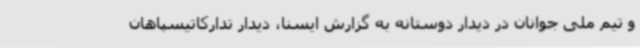
و تیم ملی جوانان در دیدار دوستانه به گزارش ایسنا، دیدار تدارکاتیسپاهان